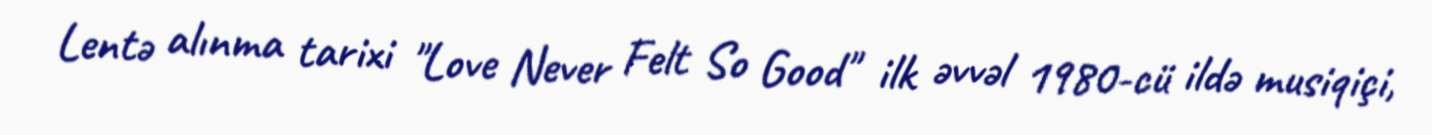
Lentə alınma tarixi "Love Never Felt So Good" ilk əvvəl 1980-cü ildə musiqiçi,